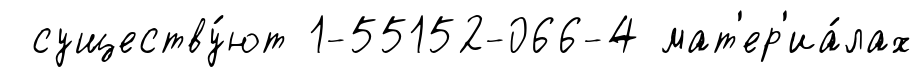
существу́ют 1-55152-066-4 мат'ер'иа́лах